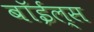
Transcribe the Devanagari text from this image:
बॉईल्स